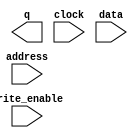
// You need to generate this component correctly


module dmem(q, address, clock, data, write_enable);
	input [11:0] address;        // 12-bit address
	input clock;                   // clock
	input [31:0] data;             // 32-bit data input
	input write_enable;            // write enbale
	output [31:0] q;

//
//	reg [31:0] memory [65535:0];
//
//	always @(posedge clock) begin
//	  if (write_enable) begin
//			memory[address] <= data;
//	  end
//	  q <= memory[address];    
//	end



endmodule